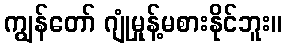
ကျွန်တော် ဂျုံမှုန့်မစားနိုင်ဘူး။